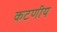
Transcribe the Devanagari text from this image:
कटणीय